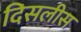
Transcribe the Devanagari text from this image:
दिसलीस